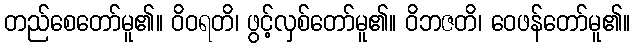
တည်စေတော်မူ၏။ ဝိဝရတိ၊ ဖွင့်လှစ်တော်မူ၏။ ဝိဘဇတိ၊ ဝေဖန်တော်မူ၏။